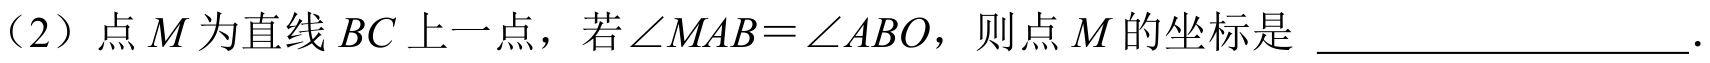
（2）点\(M\)为直线\(BC\)上一点，若\(\angle MAB = \angle ABO\)，则点\(M\)的坐标是 \_\_\_\_\_\_\_\_\_\_\_\_\_\_\_\_\_\_\_\_.